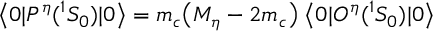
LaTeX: \big \langle 0 | { \cal P } ^ { \eta } ( { } ^ { 1 } S _ { 0 } ) | 0 \big \rangle = m _ { c } \big ( M _ { \eta } - 2 m _ { c } \big ) \; \big \langle 0 | { \cal O } ^ { \eta } ( { } ^ { 1 } S _ { 0 } ) | 0 \big \rangle